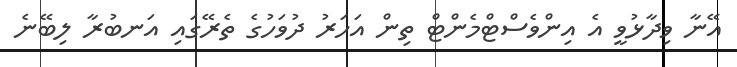
އޭނާ ވިދާޅުވީ އެ އިންވެސްޓްމެންޓް ތިން އަހަރު ދުވަހުގެ ތެރޭގައި އަނބުރާ ލިބޭނެ